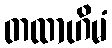
တထာဟိမံ